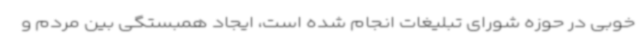
خوبی در حوزه شورای تبلیغات انجام شده است، ایجاد همبستگی بین مردم و